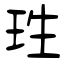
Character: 珄